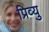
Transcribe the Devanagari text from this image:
प्रिव्यु